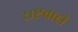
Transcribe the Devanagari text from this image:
राष्टवादी